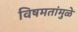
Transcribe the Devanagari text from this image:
विषमतांमुळे